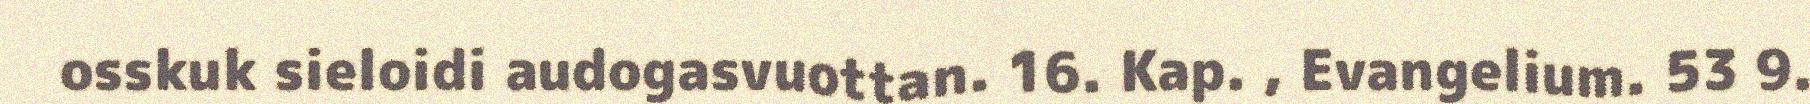
osskuk sieloidi audogasvuottan. 16. Kap. , Evangelium. 53 9.